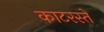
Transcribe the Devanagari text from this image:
काटरस्ते